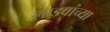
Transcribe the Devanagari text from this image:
लाडवांच्या